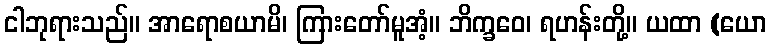
ငါဘုရားသည်။ အာရောစယာမိ၊ ကြားတော်မူအံ့။ ဘိက္ခဝေ၊ ရဟန်းတို့။ ယထာ (ယော